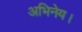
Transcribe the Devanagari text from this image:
अभिनेय।